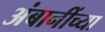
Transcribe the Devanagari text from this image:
अंबानींच्या